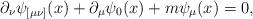
LaTeX: \begin{align*}\partial _\nu \psi _{[\mu \nu ]}(x)+\partial _\mu \psi _0 (x)+m\psi_\mu (x)=0 ,\end{align*}